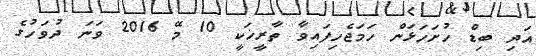
އަދި ބިޑް ހުށަހަޅަން ހަމަޖެހިފައިވާ ތާރީޚަކީ 10 މޭ 2016 ވަނަ ދުވަހުގެ